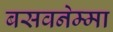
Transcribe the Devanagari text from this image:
बसवनेम्मा